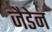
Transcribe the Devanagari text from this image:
जैडेन